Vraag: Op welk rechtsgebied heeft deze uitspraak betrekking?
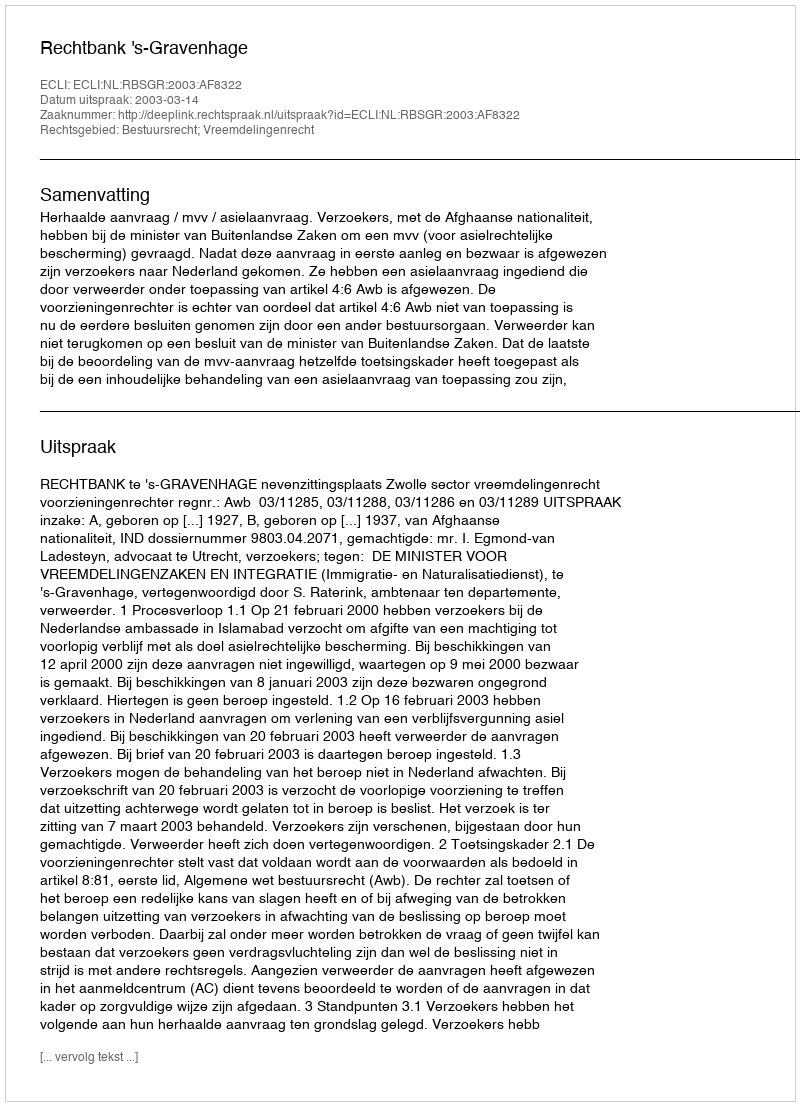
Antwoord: Bestuursrecht; Vreemdelingenrecht